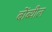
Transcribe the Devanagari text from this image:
बोंब्यील